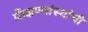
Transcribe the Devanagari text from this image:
शिक्षणसंस्थांची